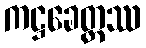
ကဋ္ဌခေတ္တဿ